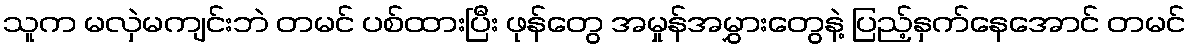
သူက မလှဲမကျင်းဘဲ တမင် ပစ်ထားပြီး ဖုန်တွေ အမှုန်အမွှားတွေနဲ့ ပြည့်နှက်နေအောင် တမင်